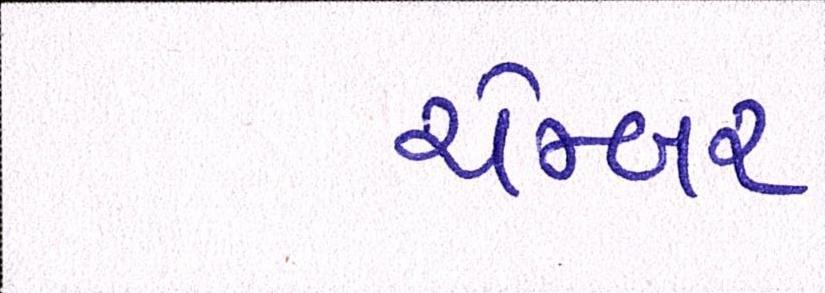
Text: ચેમ્બર